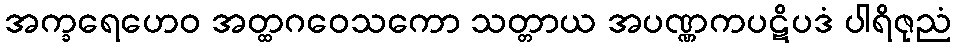
အက္ခရေဟေဝ အတ္ထဂဝေသကော သတ္တာယ အပဏ္ဏကပဋိပဒံ ပါရိဇုညံ